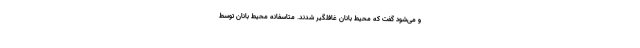
و می‌شود گفت که محیط بانان غافلگیر شدند. متاسفانه محیط بانان توسط